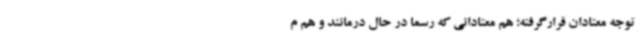
توجه معتادان قرارگرفته؛ هم معتادانی که رسما در حال درمانند و هم م